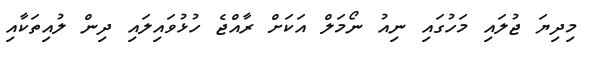
މިދިޔަ ޖުލައި މަހުގައި ނިއު ނޯމަލް އަކަށް ރާއްޖެ ހުޅުވައިލައި ދިން ލުއިތަކާއި